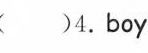
( )4.Boy